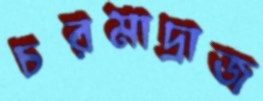
চরমাদ্রাজ